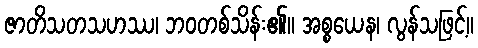
ဇာတိသတသဟဿ၊ ဘဝတစ်သိန်း၏။ အစ္စယေန၊ လွန်သဖြင့်။